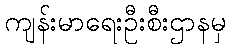
ကျန်းမာရေးဦးစီးဌာနမှ